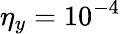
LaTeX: \eta_{y}=10^{-4}